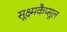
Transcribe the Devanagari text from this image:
सूक्ष्मकैप्सूल